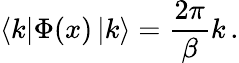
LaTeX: \left\langle k\right|\Phi(x)\left|k\right\rangle=\frac{2\pi}{\beta}k\, .